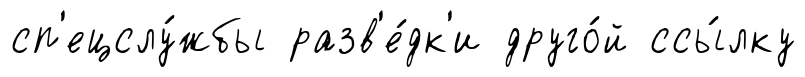
сп'ецслу́жбы разв'е́дк'и друго́й ссы́лку